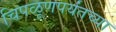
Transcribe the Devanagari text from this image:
चिपळूणपर्यंतच्या